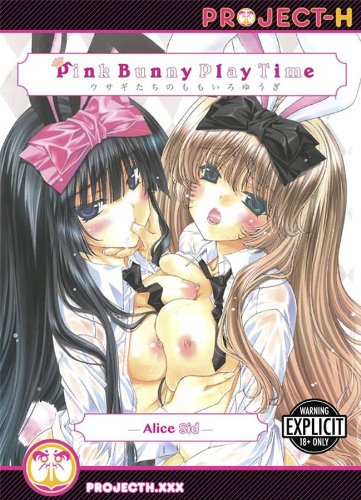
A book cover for PINK BUNNY PLAY TIME (HENTAI MANGA); Alice Sid; Comics & Graphic Novels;